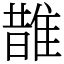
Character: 䧿